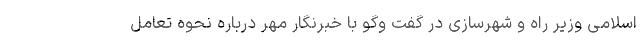
اسلامی وزیر راه و شهرسازی در گفت وگو با خبرنگار مهر درباره نحوه تعامل